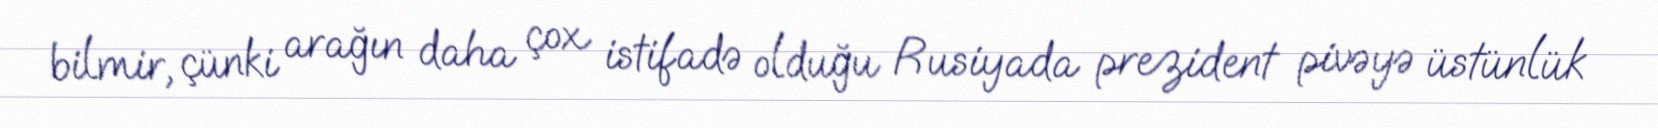
bilmir, çünki arağın daha çox istifadə olduğu Rusiyada prezident pivəyə üstünlük